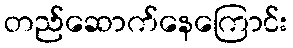
တည်ဆောက်နေကြောင်း